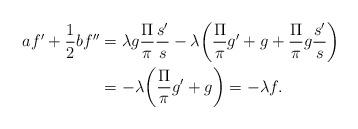
LaTeX: \begin{align*}af'+\frac{1}{2}bf''&=\lambda g \frac{\Pi}{\pi}\frac{s'}{s}-\lambda\bigg(\frac{\Pi}{\pi}g'+g+\frac{\Pi}{\pi}g \frac{s'}{s}\bigg)\\&=-\lambda\bigg(\frac{\Pi}{\pi}g'+g\bigg)=-\lambda f.\end{align*}